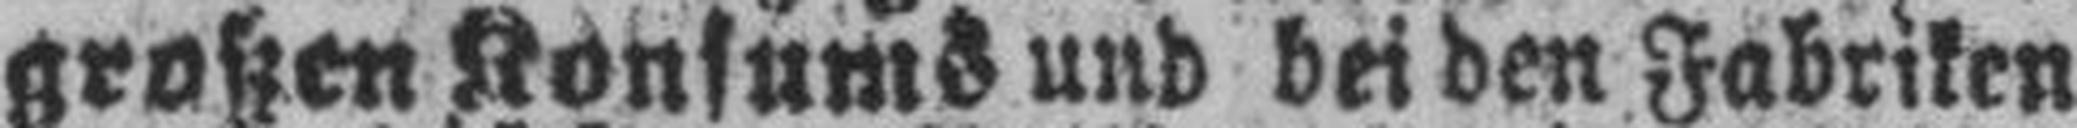
großen Konsums und bei den Fabriken